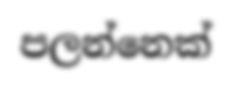
පලන්නෙක්